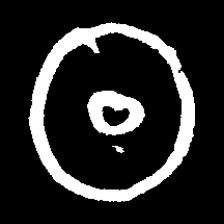
Pyu character \u2014 Myanmar letter: ထ (romanized: tha)